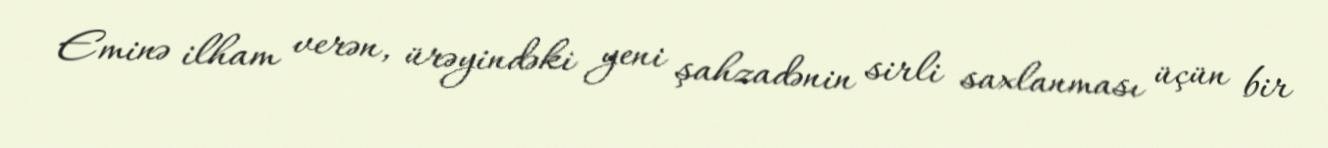
Eminə ilham verən, ürəyindəki yeni şahzadənin sirli saxlanması üçün bir